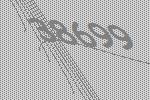
38699